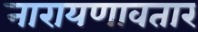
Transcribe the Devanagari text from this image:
नारायणावतार